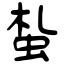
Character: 蚻